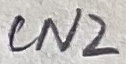
Text: CN2